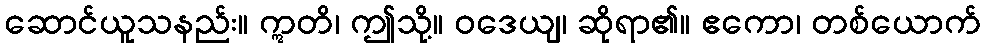
ဆောင်ယူသနည်း။ ဣတိ၊ ဤသို့။ ဝဒေယျ၊ ဆိုရာ၏။ ဧကော၊ တစ်ယောက်